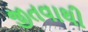
જીતવાથી